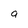
Character: a